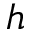
h